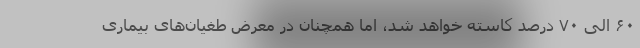
۶۰ الی ۷۰ درصد کاسته خواهد شد، اما همچنان در معرض طغیان‌های بیماری